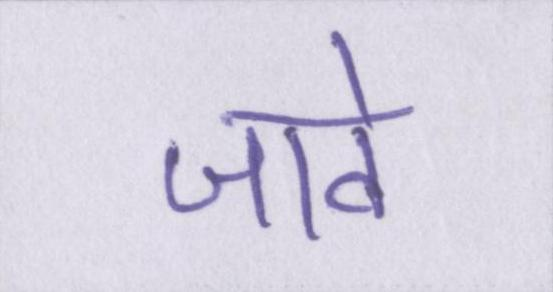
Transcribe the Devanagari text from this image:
जावे